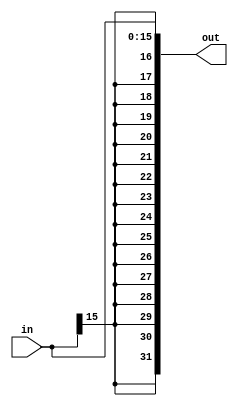
module ee357_sign_extend_16_to_32 (
	input [15:0] in,
	output [31:0] out
);
	
	wire [15:0] in;
	wire [31:0] out;
	
	//wire sign;
	
	//assign sign = in[15];
	//{16{in[15]}}
	assign out = { {16{ in[15] }}, in};
	
	//assign out = 32'b0;

endmodule